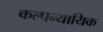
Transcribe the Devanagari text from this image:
कल्पन्यायिक